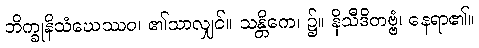
ဘိက္ခုနိသံဃေဿဝ၊ ၏သာလျှင်။ သန္တိကေ၊ ၌။ နိသီဒိတဗ္ဗံ၊ နေရာ၏။